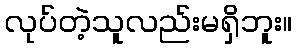
လုပ်တဲ့သူလည်းမရှိဘူး။